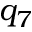
q _ { 7 }